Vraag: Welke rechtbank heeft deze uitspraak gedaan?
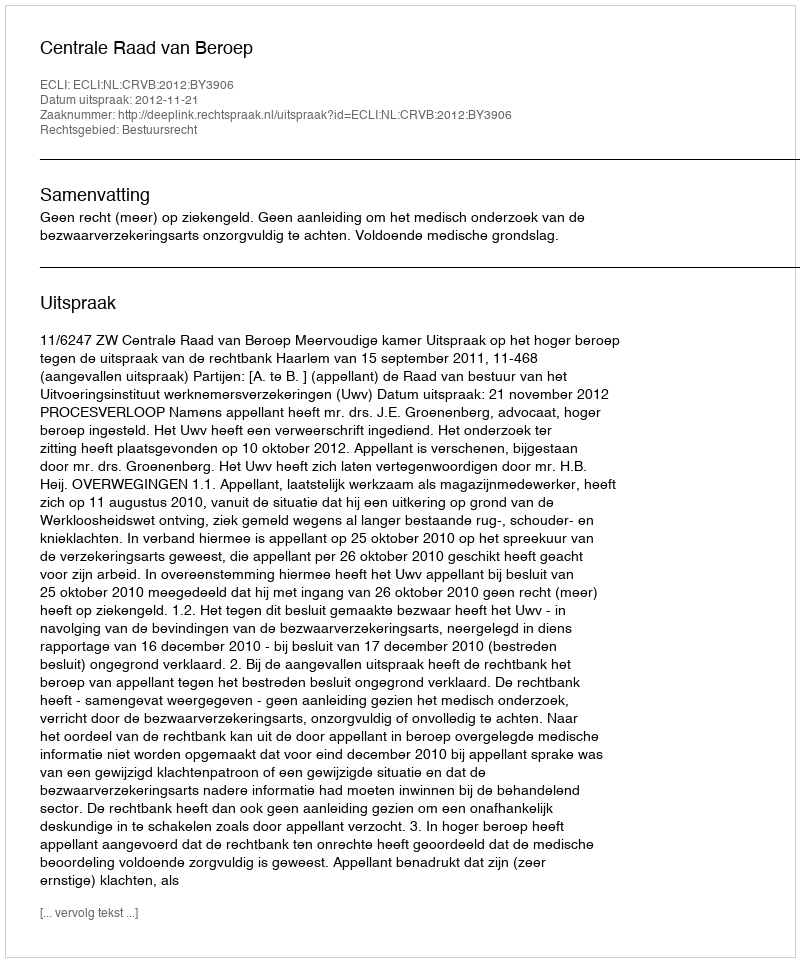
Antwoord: Centrale Raad van Beroep